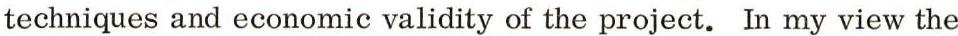
techniques and economic validity of the project. In my view the